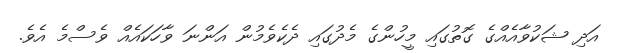
އަދި ޝަކުވާއެއްގެ ގޮތުގައި މީހުންގެ މެދުގައި ދެކެވެމުން އަންނަ ވާހަކައެއް ވެސްމެ އެވެ.